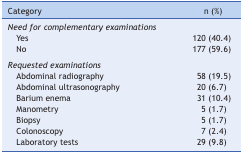
| Category | n (%) |
 | --- | --- |
 | Need for complementary examinations |  |
 | Yes | 120 (40.4) |
 | No | 177 (59.6) |
 | <COLSPAN=2>  |
 | Requested examinations |  |
 | Abdominal radiography | 58 (19.5) |
 | Abdominal ultrasonography | 20 (6.7) |
 | Barium enema | 31 (10.4) |
 | Manometry | 5 (1.7) |
 | Biopsy | 5 (1.7) |
 | Colonoscopy | 7 (2.4) |
 | Laboratory tests | 29 (9.8) |